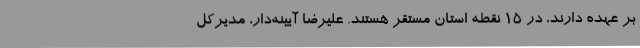
بر عهده دارند، در 15 نقطه استان مستقر هستند. علیرضا آیینه‌دار، مدیرکل